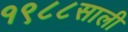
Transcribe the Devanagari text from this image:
१९८८साली